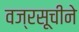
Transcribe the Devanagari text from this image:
वज्रसूचीने